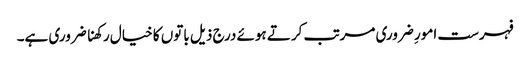
فہرست امورِ ضروری مرتب کرتے ہوئے درج ذیل باتوں کا خیال رکھنا ضروری ہے۔